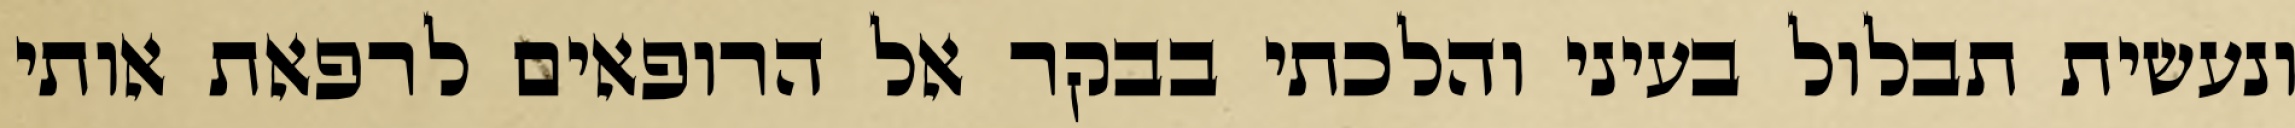
ונעשית תבלול בעיני והלכתי בבקר אל הרופאים לרפאת אותי